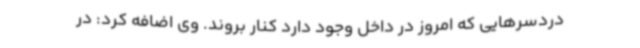
دردسرهایی که امروز در داخل وجود دارد کنار بروند. وی اضافه کرد: در